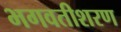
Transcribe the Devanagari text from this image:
भगवतीशरण